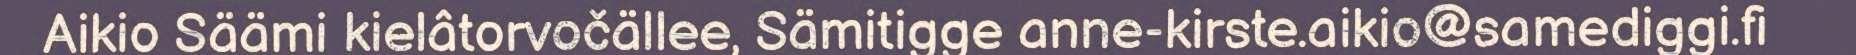
Aikio Säämi kielâtorvočällee, Sämitigge anne-kirste.aikio@samediggi.fi